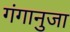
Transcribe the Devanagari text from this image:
गंगानुजा